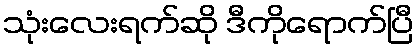
သုံးလေးရက်ဆို ဒီကိုရောက်ပြီ